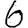
Digit: 6